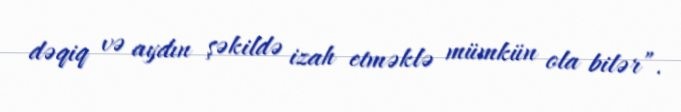
dəqiq və aydın şəkildə izah etməklə mümkün ola bilər”.